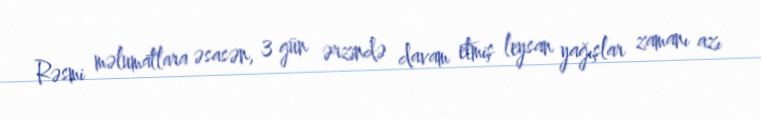
Rəsmi məlumatlara əsasən, 3 gün ərzində davam etmiş leysan yağışlar zamanı azı